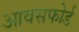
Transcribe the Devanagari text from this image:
आवसफोर्ड